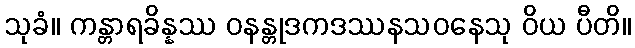
သုခံ။ ကန္တာရခိန္နဿ ဝနန္တုဒကဒဿနသဝနေသု ဝိယ ပီတိ။